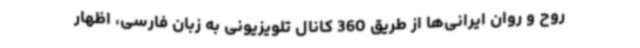
روح و روان ایرانی‌ها از طریق 360 کانال تلویزیونی به زبان فارسی، اظهار